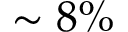
\sim 8 \%